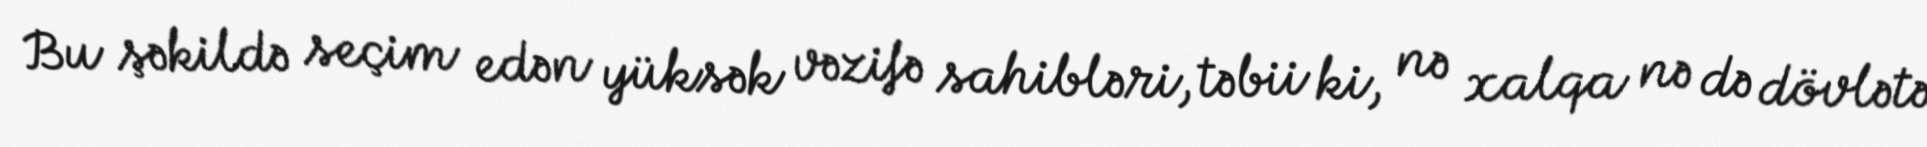
Bu şəkildə seçim edən yüksək vəzifə sahibləri, təbii ki, nə xalqa nə də dövlətə